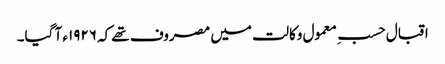
اقبال حسبِ معمول وکالت میں مصروف تھے کہ ١٩٢٦ء آ گیا۔